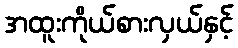
အထူးကိုယ်စားလှယ်နှင့်